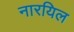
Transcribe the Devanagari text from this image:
नारयिल